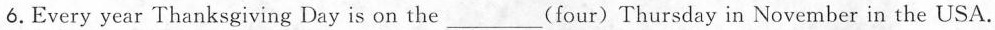
6. Every year Thanksgiving Day is on the ___ (four) Thursday in November in the USA.